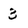
Character: 3